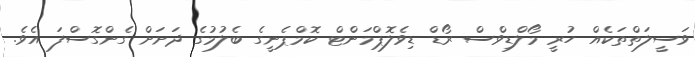
ވަސީލަތްތަކެއް ހުރީ މޯލްޑިވްސް ރޯޑް ޑިވެލޮޕްމަންޓް ކޮމްޕެނީގެ ބެލުމުގެ ދަށަށް ގެންގޮސްފަ އެވެ.